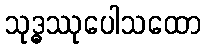
သုဒ္ဓဿုပေါသထော